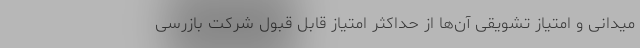
میدانی و امتیاز تشویقی آن‌ها از حداکثر امتیاز قابل قبول شرکت بازرسی